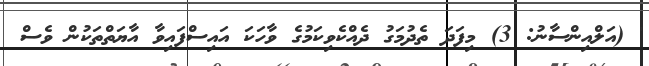
' (އަލްއިންސާނު: 3) މިފަދަ ތެދުމަގު ދެއްކެވިކަމުގެ ވާހަކަ އައިސްފައިވާ އާޔަތްތަކުން ވެސް